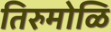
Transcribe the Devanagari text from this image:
तिरुमोळि